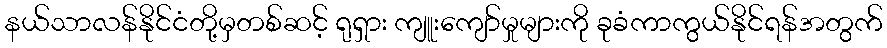
နယ်သာလန်နိုင်ငံတို့မှတစ်ဆင့် ရုရှား ကျူးကျော်မှုများကို ခုခံကာကွယ်နိုင်ရန်အတွက်